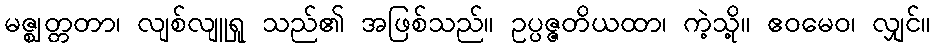
မဇ္ဈတ္တတာ၊ လျစ်လျူရှု သည်၏ အဖြစ်သည်။ ဥပ္ပဇ္ဇတိယထာ၊ ကဲ့သို့။ ဧဝမေဝ၊ လျှင်။